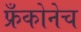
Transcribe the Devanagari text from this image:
फ्रँकोनेच